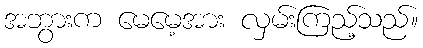
အဘွားက မေမေ့အား လှမ်းကြည့်သည်။